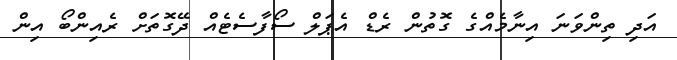
އަދި ތިންވަނަ އިނާމެއްގެ ގޮތުން ރެޑް އެޕަލް ސޯފާސެޓެއް ދޭގޮތަށް ރެއިންބޯ އިން